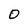
Character: O